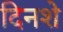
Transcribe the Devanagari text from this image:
दिनशे